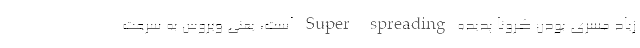
زیاد مسری بودن کرونا پدیده Super spreading است، یعنی ویروس به سرعت